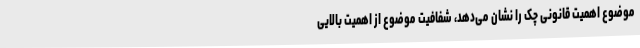
موضوع اهمیت قانونی چک را نشان می‌دهد، شفافیت موضوع از اهمیت بالایی